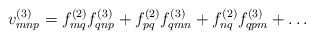
\begin{align*}v^{(3)}_{mnp} = f^{(2)}_{mq}f^{(3)}_{qnp} + f^{(2)}_{pq} f^{(3)}_{qmn}+ f^{(2)}_{nq} f^{(3)}_{qpm} + \ldots\end{align*}